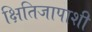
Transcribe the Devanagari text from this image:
क्षितिजापाशी